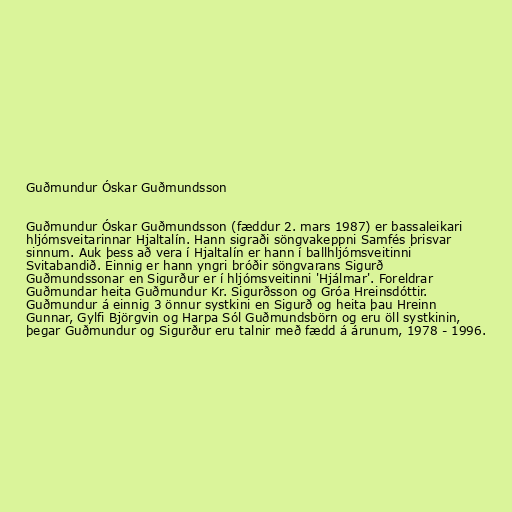
Guðmundur Óskar Guðmundsson

Guðmundur Óskar Guðmundsson (fæddur 2. mars 1987) er bassaleikari
hljómsveitarinnar Hjaltalín. Hann sigraði söngvakeppni Samfés þrisvar
sinnum. Auk þess að vera í Hjaltalín er hann í ballhljómsveitinni
Svitabandið. Einnig er hann yngri bróðir söngvarans Sigurð
Guðmundssonar en Sigurður er í hljómsveitinni 'Hjálmar'. Foreldrar
Guðmundar heita Guðmundur Kr. Sigurðsson og Gróa Hreinsdóttir.
Guðmundur á einnig 3 önnur systkini en Sigurð og heita þau Hreinn
Gunnar, Gylfi Björgvin og Harpa Sól Guðmundsbörn og eru öll systkinin,
þegar Guðmundur og Sigurður eru talnir með fædd á árunum, 1978 - 1996.